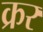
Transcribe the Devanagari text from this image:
क्रर